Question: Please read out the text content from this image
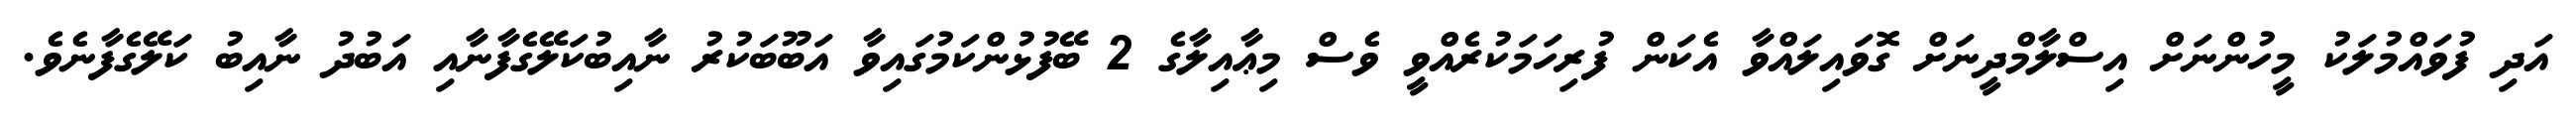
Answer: އަދި ފުވައްމުލަކު މީހުންނަށް އިސްލާމްދީނަށް ގޮވައިލައްވާ އެކަން ފުރިހަމަކުރެއްވީ ވެސް މިޢާއިލާގެ 2 ބޭފުޅުންކަމުގައިވާ އަބޫބަކުރު ނާއިބުކަލޭގެފާނާއި އަބުދު ނާއިބު ކަލޭގެފާނެވެ.